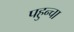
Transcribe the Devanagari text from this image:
पहुन्चा